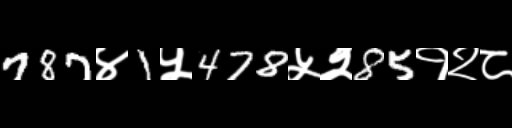
Text: 787४1५478५२85१२८